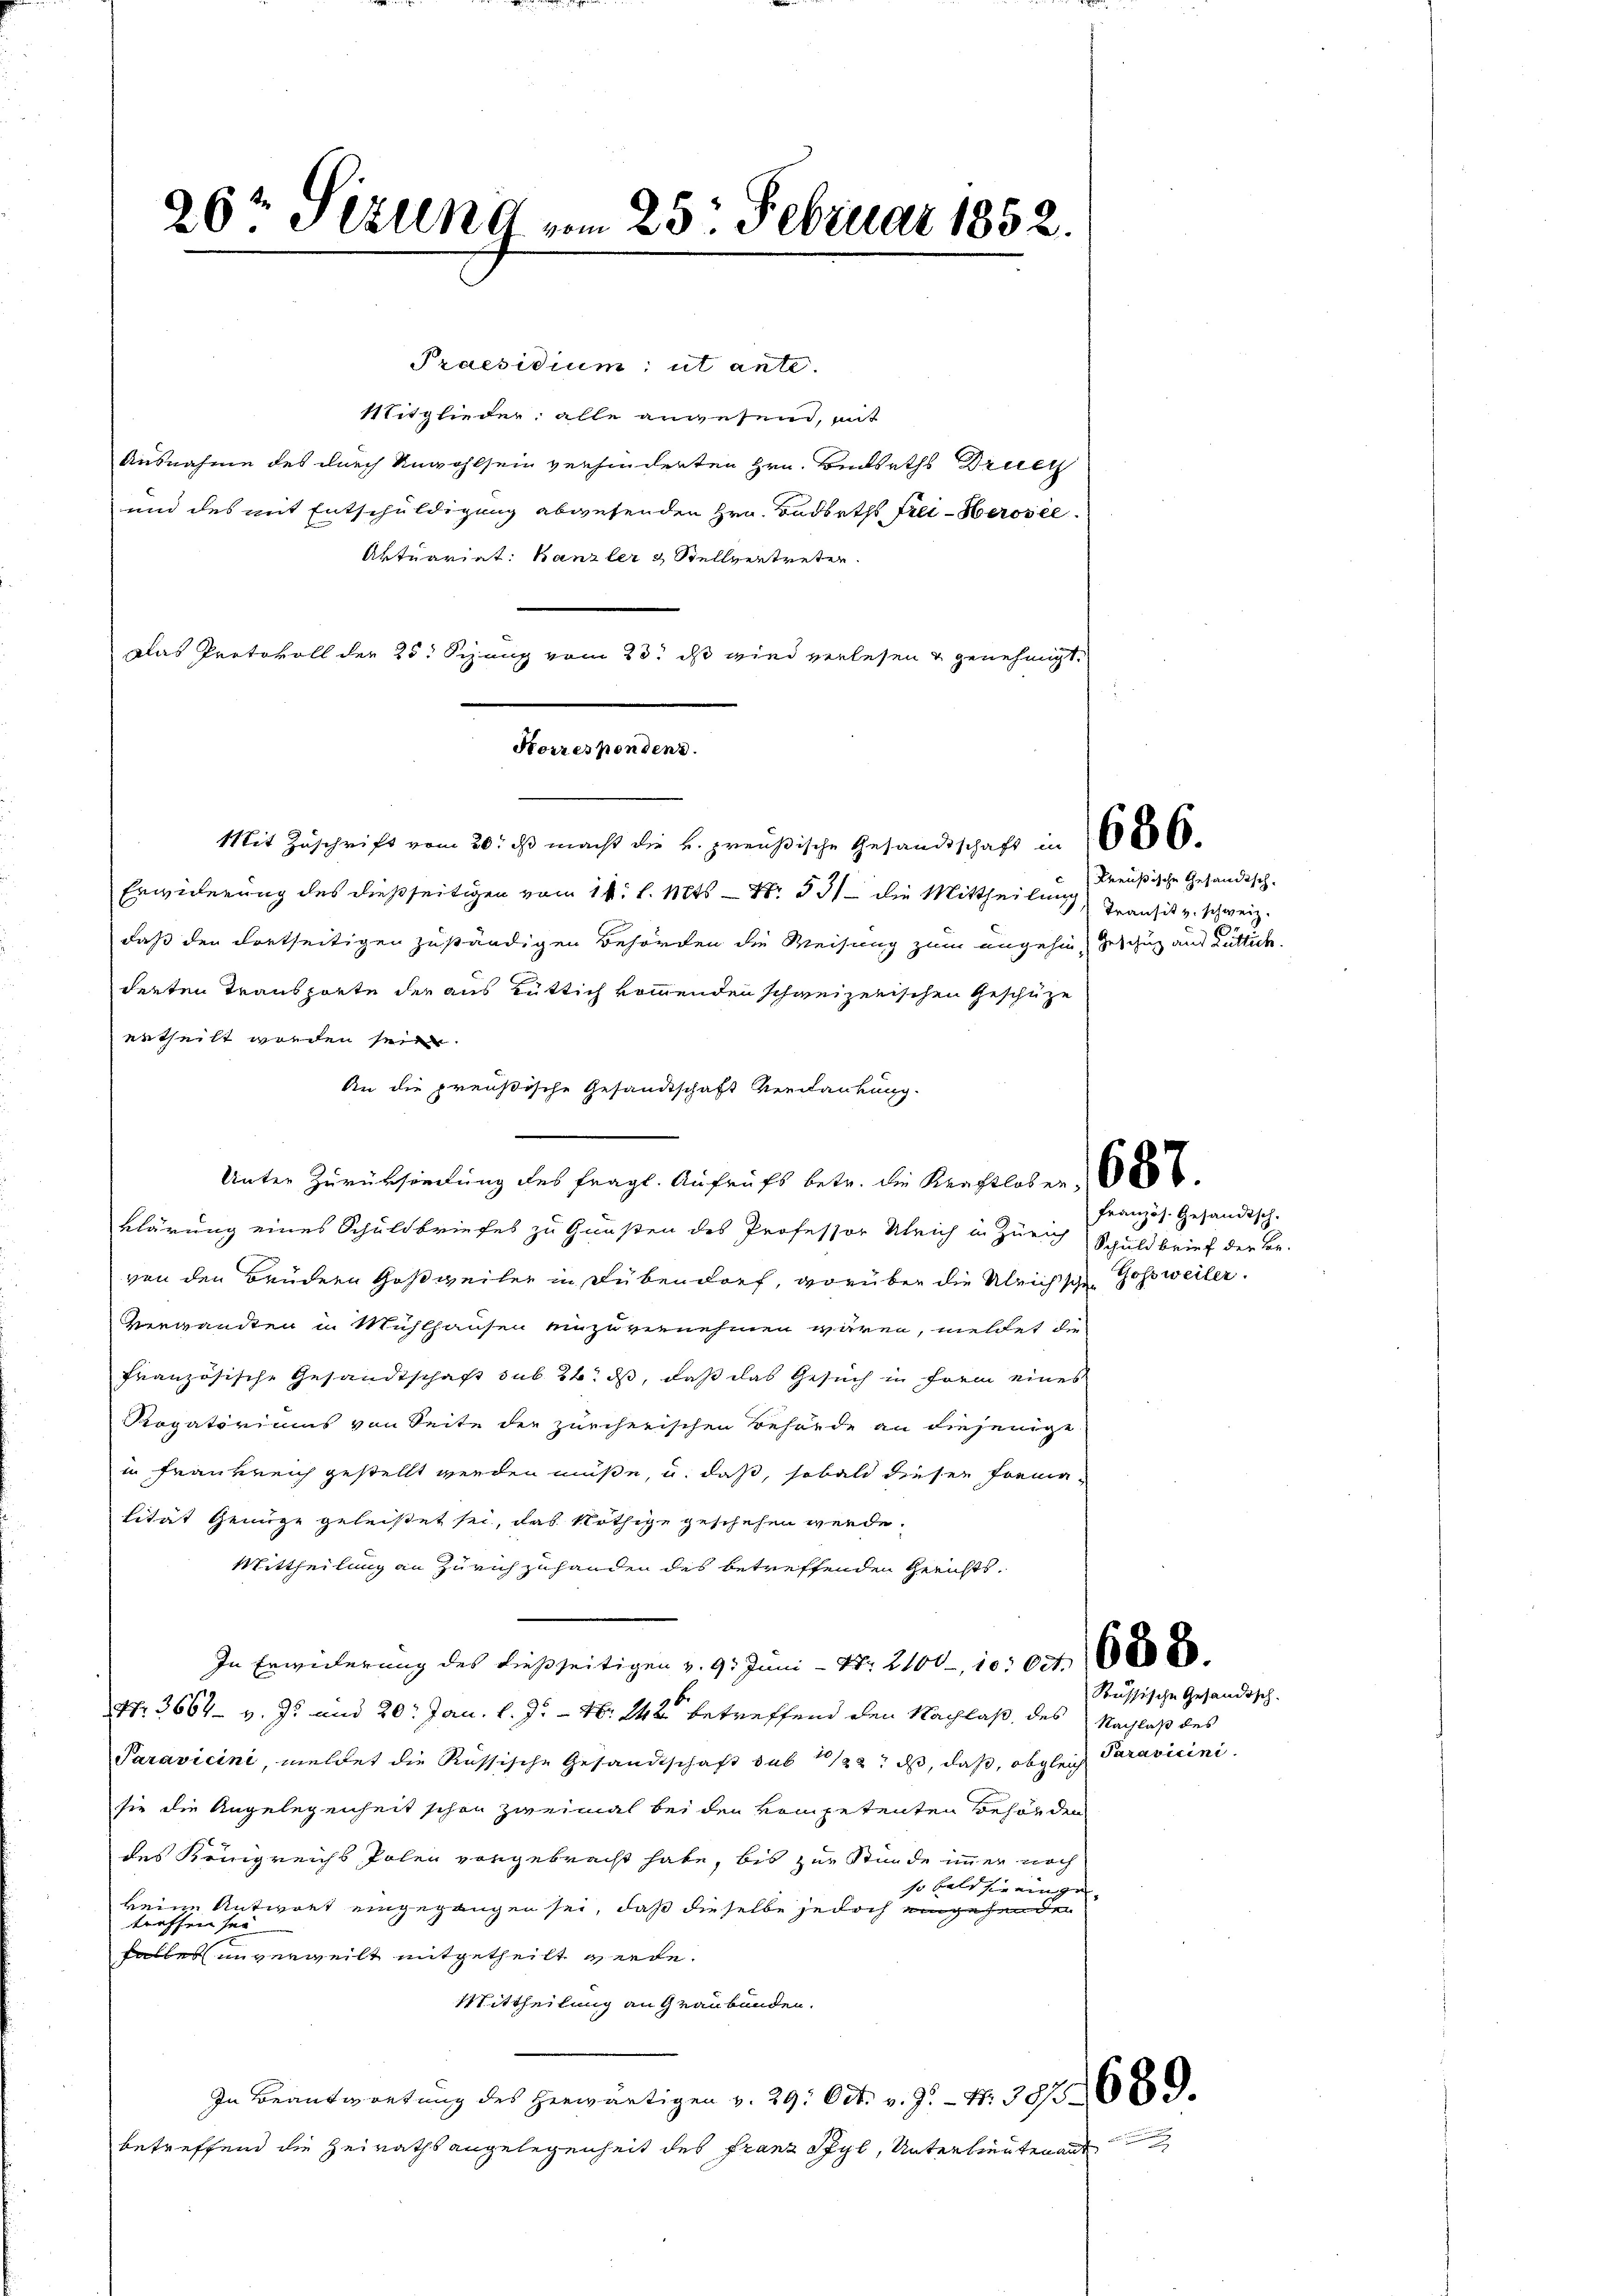
26t Sizung vom 25. Februar 1852.

et ante.

Stitglieder alle anwesend, mit
Ausnahme des durch Unwohlsein verhinderten Hrn. Bickeths Druck
und des mit Entschuldigung abwesenden Hrn. Budbeths Frei-Kerosel
Aktuariat: Kanzler & Stellvertreter.
Das Protokoll der 25. Sizung vom 23t ist wird verlesen u genehmigt.
Erwiderung des dießseitigen vom 11. l. Mts. — Nr. 53 die Mittheilung
daß den dortseitigen zuständigen Behörden die Weisung zum ungehin Geschutz aus Rüttich,
derten Transporte der aus gütlich kommenden schweizerischen Geschüze
ertheilt worden sein.
An die preußische Gesandtschaft Verdankung.
Unter Zurücksendung des fragl. Aufrufs betr. die Krachtloser 1856
klärung eines Schuldbriefes zu Gunsten des Professor Uleich in Zürich Schuldbrief der Be-
von den Brüdern Goßweiler in Dübendorf, vorüber die Ulrich schen Gossweiler.
Verwandten in Mühlhausen einzuvernehmen wären, meldet die
französische Gesandtschaft sub 26. ds, daß das Gesuch in Frem eines
Rogatoriums von Seite der zürcherischen Behörde an diejenige
in Frankreich gestellt werden müße, u. daß, sobald diesen Formalität Genüge geleistet sei, das Nöthige geschehen werde.
Mittheilung an Zürich zuhanden des betreffenden Gerichts¬
In Erwiderung des dießseitigen v. 9. Juni - Nr. 2100, 10 000
Nr. 3664 v. J. und 20. Jan. l. J. - N. 242 betreffend den Nachlaß des Nachlaß des
Paravicini, meldet die Russische Gesandtschaft sub 1/22. ds, daß, obgleich Paravicinisie die Angelegenheit schon zweimal bei den kompetenten Behörden
des Königreichs Polen vorgebracht habe, bis zur Stunde immer noch
so bald sie einge- |
keine Antwort eingegangen sei, daß dieselbe jedoch eingehenden
treffen sei.
falles unverweilt mitgetheilt werde.
Mittheilung an Graubünden.
In Beantwortung des herwärtigen v. 29. Oct. v. J. N. 3958
betreffend die Heirathsangelegenheit des Franz Styl, Unterlieutenant

Korresponden d.
Mit Zuschrift vom 20. dβ macht die k. preußische Gesandtschaft in 68000

Preußische Gesandtsch-
Transit u. schweiz.

französ. Gesandtsch.

Russische Gesandtsch.